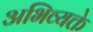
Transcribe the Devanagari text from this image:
अभिव्यक्ते